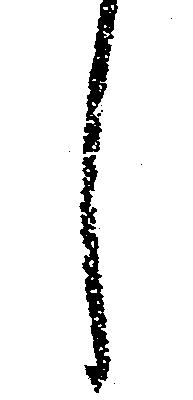
し